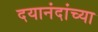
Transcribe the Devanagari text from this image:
दयानंदांच्या